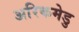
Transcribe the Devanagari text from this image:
अरिकमेडु